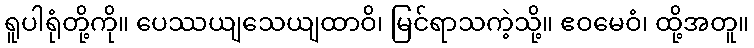
ရူပါရုံတို့ကို။ ပေဿယျသေယျထာဝိ၊ မြင်ရာသကဲ့သို့။ ဧဝမေဝံ၊ ထို့အတူ။